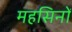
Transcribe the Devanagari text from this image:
महसिनों